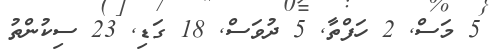
5 މަސް